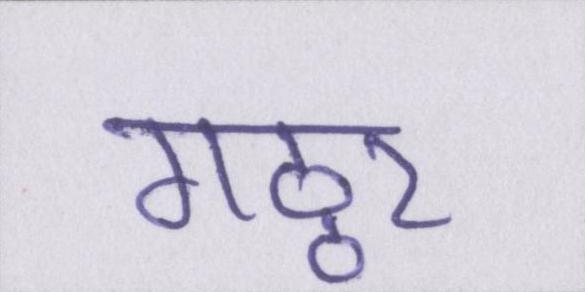
गठ्ठर